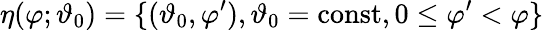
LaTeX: \eta(\varphi;\vartheta_{0})=\{ (\vartheta_{0},\varphi^{\prime}),\vartheta_{0}=\mathrm{const},0\leq\varphi^{\prime}<\varphi\}